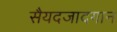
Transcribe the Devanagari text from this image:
सैयदजादगान